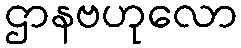
ဌာနဗဟုလော